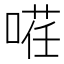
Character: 𭉡